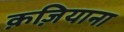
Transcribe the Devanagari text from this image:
क़ज़ियाना